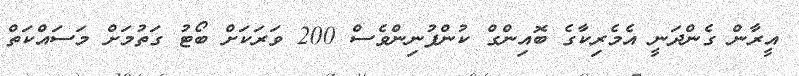
އީރާން ގެންދަނީ އެމެރިކާގެ ބޮއިންގް ކުންފުނިންވެސް 200 ވަރަކަށް ބޯޓު ގަތުމަށް މަސައްކަތް